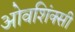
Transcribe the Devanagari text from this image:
ओवशिंक्सी